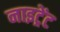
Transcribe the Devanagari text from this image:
नाइट्रेंट